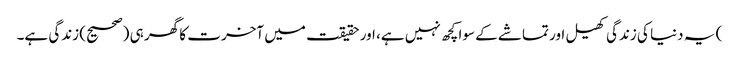
) یہ دنیا کی زندگی کھیل اور تماشے کے سوا کچھ نہیں ہے، اور حقیقت میں آخرت کا گھر ہی (صحیح) زندگی ہے۔